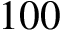
1 0 0